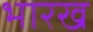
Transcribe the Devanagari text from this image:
भारख